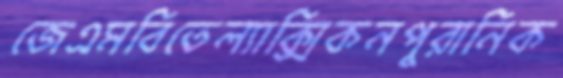
জেএমবিতেল্যাক্সিকনপুরানিক